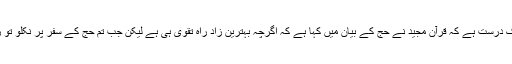
میری رائے میں بھی یہ بات بہت حد تک درست ہے کہ قرآن مجید نے حج کے بیان میں کہا ہے کہ اگرچہ بہترین زاد راہ تقوی ہی ہے لیکن جب تم حج کے سفر پر نکلو تو زاد راہ لے لیا کرو یعنی رستے کا خرچ۔